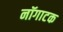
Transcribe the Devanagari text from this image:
नॉगाटक